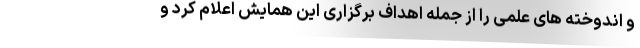
و اندوخته های علمی را از جمله اهداف برگزاری این همایش اعلام کرد و